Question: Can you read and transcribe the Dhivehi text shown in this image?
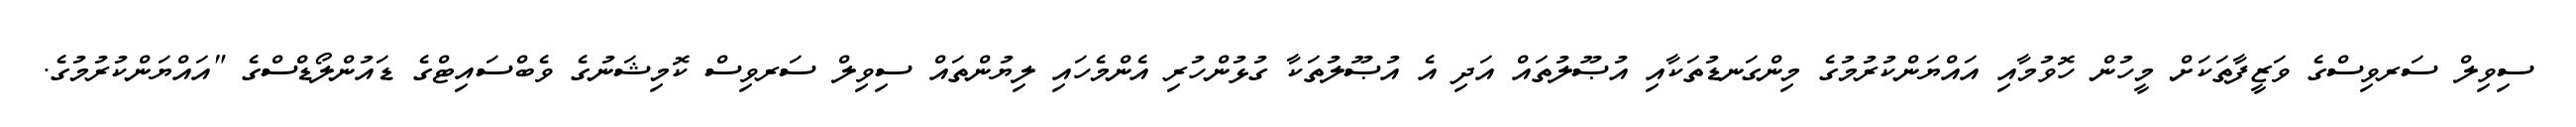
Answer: ސިވިލް ސަރވިސްގެ ވަޒީފާތަކަށް މީހުން ހޮވުމާއި އައްޔަންކުރުމުގެ މިންގަނޑުތަކާއި އުޞޫލުތައް އަދި އެ އުޞޫލުތަކާ ގުޅުންހުރި އެންމެހައި ލިޔުންތައް ސިވިލް ސަރވިސް ކޮމިޝަނުގެ ވެބްސައިޓްގެ ޑައުންލޯޑްސްގެ "އައްޔަންކުރުމުގެ.